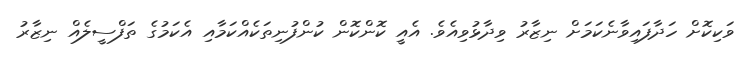
ވަކިކޮށް ހަދާފައިވާނެކަމަށް ނިޒާރު ވިދާޅުވިއެވެ. އެއީ ކޮންކޮން ކުންފުނިތަކެއްކަމާއި އެކަމުގެ ތަފްސީލެއް ނިޒާރު